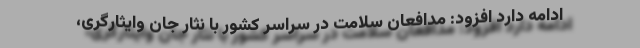
ادامه دارد افزود: مدافعان سلامت در سراسر کشور با نثار جان وایثارگری،